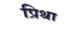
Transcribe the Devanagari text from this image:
प्रिथा